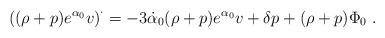
LaTeX: \begin{align*}\left( (\rho+p) e^{\alpha_0} v\right)^{\cdot}= -3 \dot{\alpha}_0 (\rho+p) e^{\alpha_0} v + \delta p +(\rho+p) \Phi_0 \ .\end{align*}